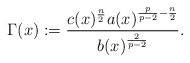
\begin{align*}\Gamma(x):=\frac{c(x)^{\frac{n}{2}}a(x)^{\frac{p}{p-2}-\frac{n}{2}}}{b(x)^{\frac{2}{p-2}}}.\end{align*}